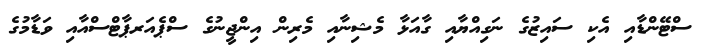
ސްޓޭންޑާއި އެކި ސައިޒުގެ ނަގިއްޔާއި ގާއަޅާ މެޝިނާއި މެރިން އިންޖީނުގެ ސްޕެއަރޕާޓްސްއާއި ވަޑާމުގެ